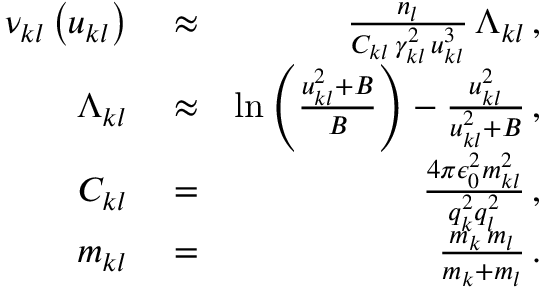
\begin{array} { r l r } { \nu _ { k l } \left( u _ { k l } \right) } & { { } \approx } & { \frac { n _ { l } } { C _ { k l } \, \gamma _ { k l } ^ { 2 } \, u _ { k l } ^ { 3 } } \, \Lambda _ { k l } \, , } \\ { \Lambda _ { k l } } & { { } \approx } & { \ln \left( \frac { u _ { k l } ^ { 2 } + B } { B } \right) - \frac { u _ { k l } ^ { 2 } } { u _ { k l } ^ { 2 } + B } \, , } \\ { C _ { k l } } & { { } = } & { \frac { 4 \pi \epsilon _ { 0 } ^ { 2 } m _ { k l } ^ { 2 } } { q _ { k } ^ { 2 } q _ { l } ^ { 2 } } \, , } \\ { m _ { k l } } & { { } = } & { \frac { m _ { k } \, m _ { l } } { m _ { k } + m _ { l } } \, . } \end{array}